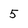
Character: 5